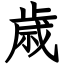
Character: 歳